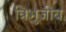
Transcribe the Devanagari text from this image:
त्रिभुजीय